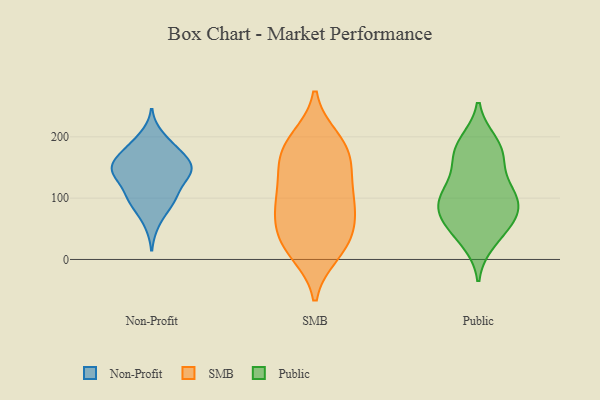
{"axis": {"x": "Humidity (%)", "y": "Value"}, "legend": ["Non-Profit", "Public", "SMB"], "data": [{"x": "", "y": 170, "type": "Non-Profit"}, {"x": "", "y": 102, "type": "Non-Profit"}, {"x": "", "y": 155, "type": "Non-Profit"}, {"x": "", "y": 60, "type": "Non-Profit"}, {"x": "", "y": 200, "type": "Non-Profit"}, {"x": "", "y": 185, "type": "Non-Profit"}, {"x": "", "y": 150, "type": "Non-Profit"}, {"x": "", "y": 180, "type": "Non-Profit"}, {"x": "", "y": 143, "type": "Non-Profit"}, {"x": "", "y": 150, "type": "Non-Profit"}, {"x": "", "y": 97, "type": "Non-Profit"}, {"x": "", "y": 130, "type": "Non-Profit"}, {"x": "", "y": 155, "type": "Non-Profit"}, {"x": "", "y": 92, "type": "Non-Profit"}, {"x": "", "y": 132, "type": "Non-Profit"}, {"x": "", "y": 142, "type": "Non-Profit"}, {"x": "", "y": 98, "type": "Non-Profit"}, {"x": "", "y": 85, "type": "SMB"}, {"x": "", "y": 74, "type": "SMB"}, {"x": "", "y": 178, "type": "SMB"}, {"x": "", "y": 18, "type": "SMB"}, {"x": "", "y": 196, "type": "SMB"}, {"x": "", "y": 174, "type": "SMB"}, {"x": "", "y": 82, "type": "SMB"}, {"x": "", "y": 25, "type": "SMB"}, {"x": "", "y": 141, "type": "SMB"}, {"x": "", "y": 153, "type": "SMB"}, {"x": "", "y": 115, "type": "SMB"}, {"x": "", "y": 35, "type": "SMB"}, {"x": "", "y": 55, "type": "SMB"}, {"x": "", "y": 11, "type": "SMB"}, {"x": "", "y": 108, "type": "SMB"}, {"x": "", "y": 190, "type": "SMB"}, {"x": "", "y": 101, "type": "Public"}, {"x": "", "y": 86, "type": "Public"}, {"x": "", "y": 59, "type": "Public"}, {"x": "", "y": 112, "type": "Public"}, {"x": "", "y": 95, "type": "Public"}, {"x": "", "y": 126, "type": "Public"}, {"x": "", "y": 168, "type": "Public"}, {"x": "", "y": 190, "type": "Public"}, {"x": "", "y": 182, "type": "Public"}, {"x": "", "y": 69, "type": "Public"}, {"x": "", "y": 30, "type": "Public"}, {"x": "", "y": 171, "type": "Public"}, {"x": "", "y": 85, "type": "Public"}, {"x": "", "y": 45, "type": "Public"}]}